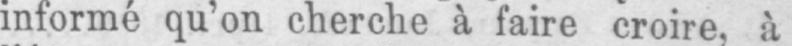
informé qu’on cherche à faire croire, à